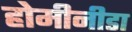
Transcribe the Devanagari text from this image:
होमीनीडा